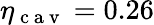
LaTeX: \eta_{\mathrm{~c~a~v~}}=0.26